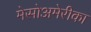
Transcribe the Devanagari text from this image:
मेसोअमेरीका